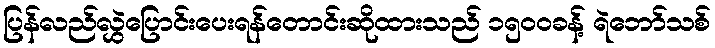
ပြန်လည်လွှဲပြောင်းပေးရန်တောင်းဆိုထားသည် ၁၅၀၀ခန့် ရဲဘော်သစ်